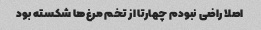
اصلا راضی نبودم چهارتا از تخم مرغ‌ها شکسته بود